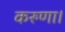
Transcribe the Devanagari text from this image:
करुणा।